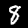
Digit: 8